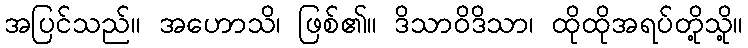
အပြင်သည်။ အဟောသိ၊ ဖြစ်၏။ ဒိသာဝိဒိသာ၊ ထိုထိုအရပ်တို့သို့။